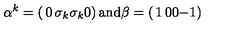
\alpha ^ { k } = \left( \begin{matrix} { 0 } & { \sigma _ { k } } \\ { \sigma _ { k } } & { 0 } \\ \end{matrix} \right) \mathrm { a n d } \beta = \left( \begin{matrix} { 1 } & { 0 } \\ { 0 } & { - 1 } \\ \end{matrix} \right)